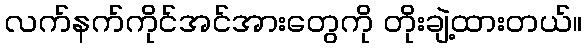
လက်နက်ကိုင်အင်အားတွေကို တိုးချဲ့ထားတယ်။